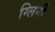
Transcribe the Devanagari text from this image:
ग्लिनी